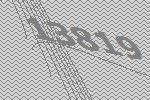
13819